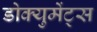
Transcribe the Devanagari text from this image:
डोक्युमेंट्स